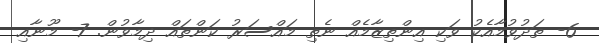
6- ތަދުވުމާއެކު ވަކި އިންތިޒާމެއް ނެތި މައްސަރު ކަންތައް ދިމާވުން. 7- މޫނާއި